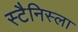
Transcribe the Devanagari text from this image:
स्टैनिस्ला